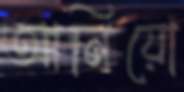
আনিয়ো